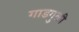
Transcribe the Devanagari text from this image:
गाडगुळी